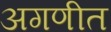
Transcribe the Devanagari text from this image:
अगणीत